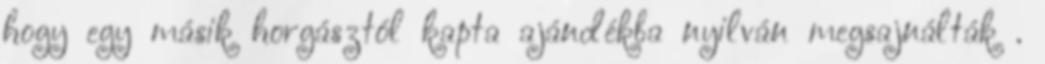
hogy egy másik horgásztól kapta ajándékba nyilván megsajnálták .